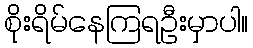
စိုးရိမ်နေကြရဦးမှာပါ။